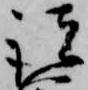
諸